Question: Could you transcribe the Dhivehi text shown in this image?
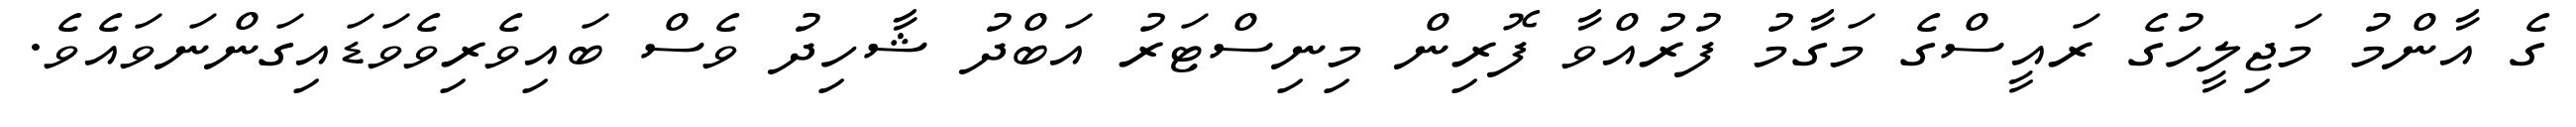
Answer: ގެ އާންމު މަޖިލީހުގެ ރައީސްގެ މަގާމު ފުރުއްވާ ފޮރިން މިނިސްޓަރު އަބްދު ޝާހިދު ވެސް ބައިވެރިވެވަޑައިގަންނަވައެވެ.